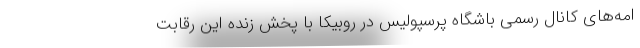
امه‌های کانال رسمی باشگاه پرسپولیس در روبیکا با پخش زنده این رقابت